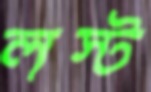
লস্ট